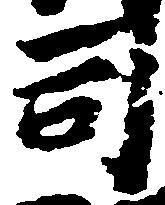
司